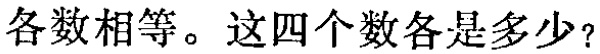
各数相等。这四个数各是多少？